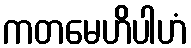
ကတမေဟိပါဟံ